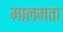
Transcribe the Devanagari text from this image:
मालमता